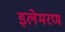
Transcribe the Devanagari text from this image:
इलेमरण